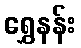
ရွှေနန်း